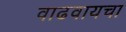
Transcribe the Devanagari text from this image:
वाढवायचा